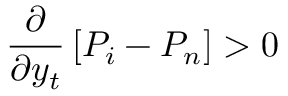
\frac { \partial } { \partial y _ { t } } \left[ P _ { i } - P _ { n } \right] > 0